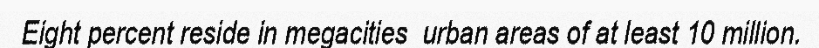
Eight percent reside in megacities  urban areas of at least 10 million.